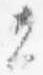
者